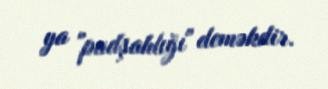
ya "padşahlığı" deməkdir.